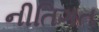
નીતિગત